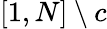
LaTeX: [1,N]\setminus c